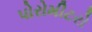
પોરોમીટરો